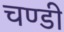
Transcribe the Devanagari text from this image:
चण्‍डी